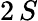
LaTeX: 2\, S